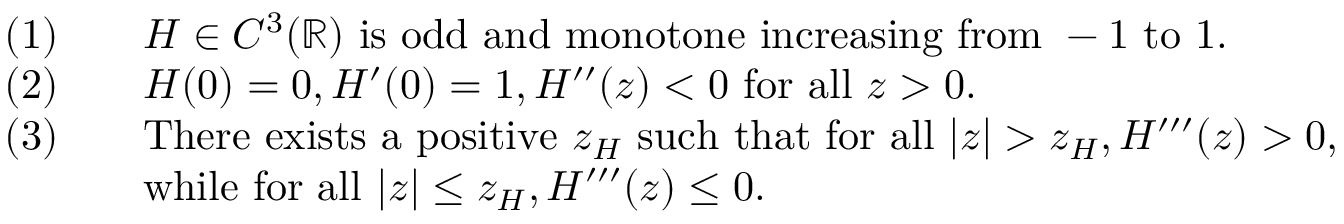
\begin{array} { r l } { ( 1 ) \quad } & { H \in C ^ { 3 } ( \mathbb { R } ) \mathrm { ~ i s ~ o d d ~ a n d ~ m o n o t o n e ~ i n c r e a s i n g ~ f r o m ~ - 1 ~ t o ~ 1 } . } \\ { ( 2 ) \quad } & { H ( 0 ) = 0 , H ^ { \prime } ( 0 ) = 1 , H ^ { \prime \prime } ( z ) < 0 \mathrm { ~ f o r ~ a l l ~ } z > 0 . } \\ { ( 3 ) \quad } & { \mathrm { T h e r e ~ e x i s t s ~ a ~ p o s i t i v e ~ } z _ { H } \mathrm { ~ s u c h ~ t h a t ~ f o r ~ a l l ~ } | z | > z _ { H } , H ^ { \prime \prime \prime } ( z ) > 0 , } \\ & { \mathrm { w h i l e ~ f o r ~ a l l ~ } | z | \leq z _ { H } , H ^ { \prime \prime \prime } ( z ) \leq 0 . } \end{array}